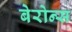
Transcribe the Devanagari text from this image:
बेरोन्स